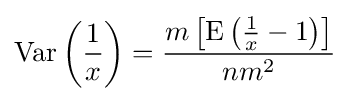
\operatorname {Var} \left({\frac {1}{x}}\right)={\frac {m\left[\operatorname {E} \left({\frac {1}{x}}-1\right)\right]}{nm^{2}}}